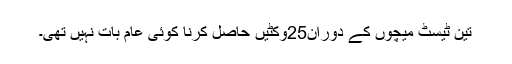
تین ٹیسٹ میچوں کے دوران25وکٹیں حاصل کرنا کوئی عام بات نہیں تھی۔